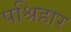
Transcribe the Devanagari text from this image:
पश्रिहार